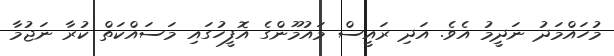
މުހައްމަދު ނަދީމު އެވެ. އަދި ރައީސް މައުމޫންގެ އޮފީހުގައި މަސައްކަތް ކުރާ ނަޖުމާ